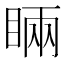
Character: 𥇑